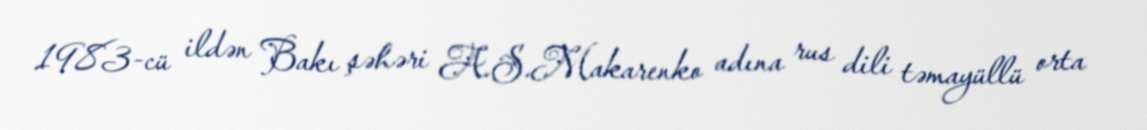
1983-cü ildən Bakı şəhəri A.S.Makarenko adına rus dili təmayüllü orta